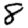
Digit: 8